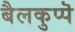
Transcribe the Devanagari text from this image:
बैलकुप्पॆ